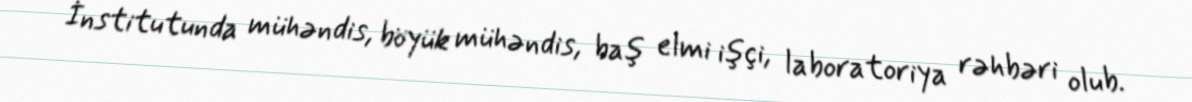
İnstitutunda mühəndis, böyük mühəndis, baş elmi işçi, laboratoriya rəhbəri olub.